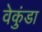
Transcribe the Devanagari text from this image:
वेकुंडा